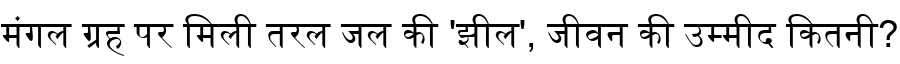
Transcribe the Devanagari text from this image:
मंगल ग्रह पर मिली तरल जल की 'झील', जीवन की उम्मीद कितनी?